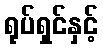
ရုပ်ရှင်နှင့်